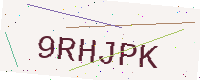
Text: 9RHJPK